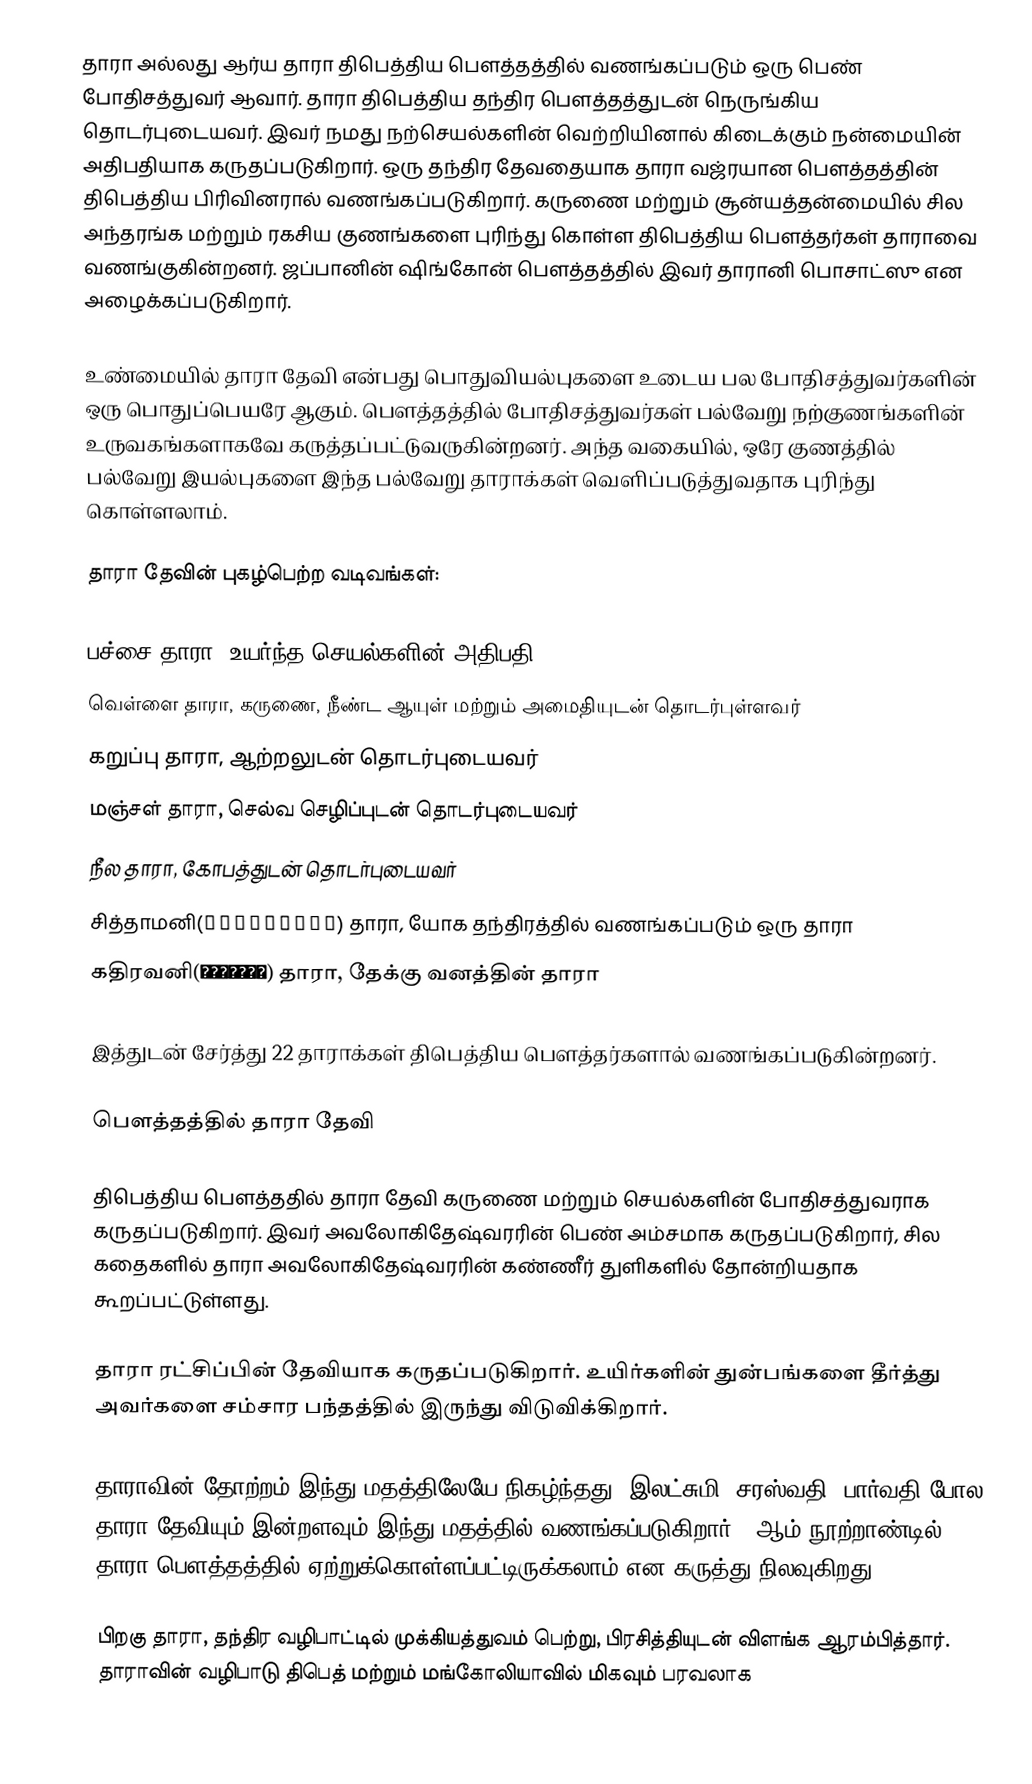
தாரா அல்லது ஆர்ய தாரா திபெத்திய பௌத்தத்தில் வணங்கப்படும் ஒரு பெண் போதிசத்துவர் ஆவார். தாரா திபெத்திய தந்திர பௌத்தத்துடன் நெருங்கிய தொடர்புடையவர். இவர் நமது நற்செயல்களின் வெற்றியினால் கிடைக்கும் நன்மையின் அதிபதியாக கருதப்படுகிறார். ஒரு தந்திர தேவதையாக தாரா வஜ்ரயான பௌத்தத்தின் திபெத்திய பிரிவினரால் வணங்கப்படுகிறார். கருணை மற்றும் சூன்யத்தன்மையில் சில அந்தரங்க மற்றும் ரகசிய குணங்களை புரிந்து கொள்ள திபெத்திய பௌத்தர்கள் தாராவை வணங்குகின்றனர். ஜப்பானின் ஷிங்கோன் பௌத்தத்தில் இவர் தாரானி பொசாட்ஸு என அழைக்கப்படுகிறார்.

உண்மையில் தாரா தேவி என்பது பொதுவியல்புகளை உடைய பல போதிசத்துவர்களின் ஒரு பொதுப்பெயரே ஆகும். பௌத்தத்தில் போதிசத்துவர்கள் பல்வேறு நற்குணங்களின் உருவகங்களாகவே கருத்தப்பட்டுவருகின்றனர். அந்த வகையில், ஒரே குணத்தில் பல்வேறு இயல்புகளை இந்த பல்வேறு தாராக்கள் வெளிப்படுத்துவதாக புரிந்து கொள்ளலாம்.

தாரா தேவின் புகழ்பெற்ற வடிவங்கள்:

 பச்சை தாரா, உயர்ந்த செயல்களின் அதிபதி
 வெள்ளை தாரா, கருணை, நீண்ட ஆயுள் மற்றும் அமைதியுடன் தொடர்புள்ளவர்
 கறுப்பு தாரா, ஆற்றலுடன் தொடர்புடையவர்
 மஞ்சள் தாரா, செல்வ செழிப்புடன் தொடர்புடையவர்
 நீல தாரா, கோபத்துடன் தொடர்புடையவர்
 சித்தாமனி(चित्तामनि) தாரா, யோக தந்திரத்தில் வணங்கப்படும் ஒரு தாரா
 கதிரவனி(खदिरवनि) தாரா, தேக்கு வனத்தின் தாரா

இத்துடன் சேர்த்து 22 தாராக்கள் திபெத்திய பௌத்தர்களால் வணங்கப்படுகின்றனர்.

பௌத்தத்தில் தாரா தேவி

திபெத்திய பௌத்ததில் தாரா தேவி கருணை மற்றும் செயல்களின் போதிசத்துவராக கருதப்படுகிறார். இவர் அவலோகிதேஷ்வரரின் பெண் அம்சமாக கருதப்படுகிறார், சில கதைகளில் தாரா அவலோகிதேஷ்வரரின் கண்ணீர் துளிகளில் தோன்றியதாக கூறப்பட்டுள்ளது.

தாரா ரட்சிப்பின் தேவியாக கருதப்படுகிறார். உயிர்களின் துன்பங்களை தீர்த்து அவர்களை சம்சார பந்தத்தில் இருந்து விடுவிக்கிறார்.

தாராவின் தோற்றம் இந்து மதத்திலேயே நிகழ்ந்தது, இலட்சுமி, சரஸ்வதி, பார்வதி போல தாரா தேவியும் இன்றளவும் இந்து மதத்தில் வணங்கப்படுகிறார். 6ஆம் நூற்றாண்டில் தாரா பௌத்தத்தில் ஏற்றுக்கொள்ளப்பட்டிருக்கலாம் என கருத்து நிலவுகிறது.

பிறகு தாரா, தந்திர வழிபாட்டில் முக்கியத்துவம் பெற்று, பிரசித்தியுடன் விளங்க ஆரம்பித்தார். தாராவின் வழிபாடு திபெத் மற்றும் மங்கோலியாவில் மிகவும் பரவலாக